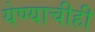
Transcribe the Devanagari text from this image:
येण्याचीही